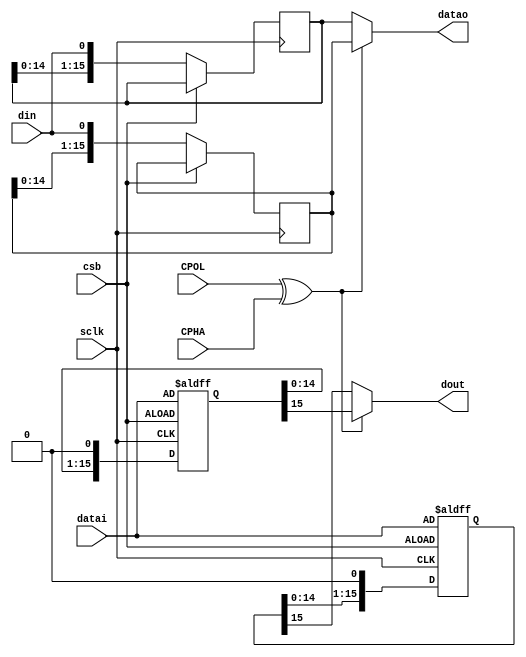
/**
 * Copyright (C) 2014 Brooksee, Inc. 
 *
 * This library is free software; you can redistribute it and/or
 * modify it under the terms of the GNU Lesser General Public
 * License as published by the Free Software Foundation; either
 * version 2.1 of the License, or (at your option) any later version.
 *
 * This library is distributed in the hope that it will be useful,
 * but WITHOUT ANY WARRANTY; without even the implied warranty of
 * MERCHANTABILITY or FITNESS FOR A PARTICULAR PURPOSE.  See the GNU
 * Lesser General Public License for more details.
 *
 * You should have received a copy of the GNU Lesser General Public
 * License along with this library; if not, write to the Free Software
 * Foundation, Inc., 51 Franklin Street, Fifth Floor, Boston, MA  02110-1301  USA
 **/

// Desc: Implements a low level SPI slave interface. 
//
//       Runs directly off sclk, which may not work for synthesis
//
//       The clock polarity and phasing of this master is set via the
//       CPOL and CPHA inputs. See
//       http://en.wikipedia.org/wiki/Serial_Peripheral_Interface_Bus
//       a description of these conventions.
//


module spi_slave
  #(parameter DATA_WIDTH=16,
    parameter INPUT_SAMPLE_AND_HOLD=1
    )
  (input CPOL, 
   input CPHA,
   
   input [DATA_WIDTH-1:0] datai,
   output [DATA_WIDTH-1:0] datao,
   
   output  dout,
   input din,
   input csb,
   input sclk
   );

   reg [7:0] countp, countn;
   reg [DATA_WIDTH-1:0] sro_p, sro_n, sri_p, sri_n;
   wire [DATA_WIDTH-1:0] sro_p1,sro_n1;
   assign sro_p1 = (INPUT_SAMPLE_AND_HOLD) ? sro_p : datai << countp;
   assign sro_n1 = (INPUT_SAMPLE_AND_HOLD) ? sro_n : datai << countn;

   assign dout = (CPOL ^ CPHA) ? sro_p1[DATA_WIDTH-1] : sro_n1[DATA_WIDTH-1];
   assign datao= (CPOL ^ CPHA) ? sri_n : sri_p;

   always @(posedge sclk or posedge csb) begin
      if(csb) begin
	 sro_p <= datai;
	 countp <= 0;
      end else begin
	 if(INPUT_SAMPLE_AND_HOLD) begin
	    sro_p <= sro_p << 1;
	 end else begin
	    countp <= countp + 1;
	 end
	 sri_p <= { sri_p[DATA_WIDTH-2:0], din };
      end
   end

   always @(negedge sclk or posedge csb) begin
      if(csb) begin
	 sro_n <= datai;
	 countn <= 0;
      end else begin
	 if(INPUT_SAMPLE_AND_HOLD) begin
	    sro_n <= sro_n << 1;
	 end else begin
	    countn <= countn + 1;
	 end
	 sri_n <= { sri_n[DATA_WIDTH-2:0], din };
      end
   end


endmodule